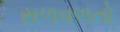
સળવળતો